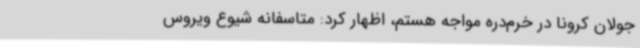
جولان کرونا در خرم‌دره مواجه هستم، اظهار کرد: متاسفانه شیوع ویروس